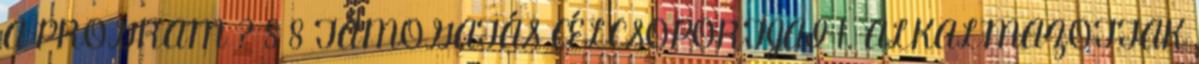
A PROGRAM ? 8 8 TÁMOGATÁS CÉLCSOPORTJAI 1. ALKALMAZOTTAK